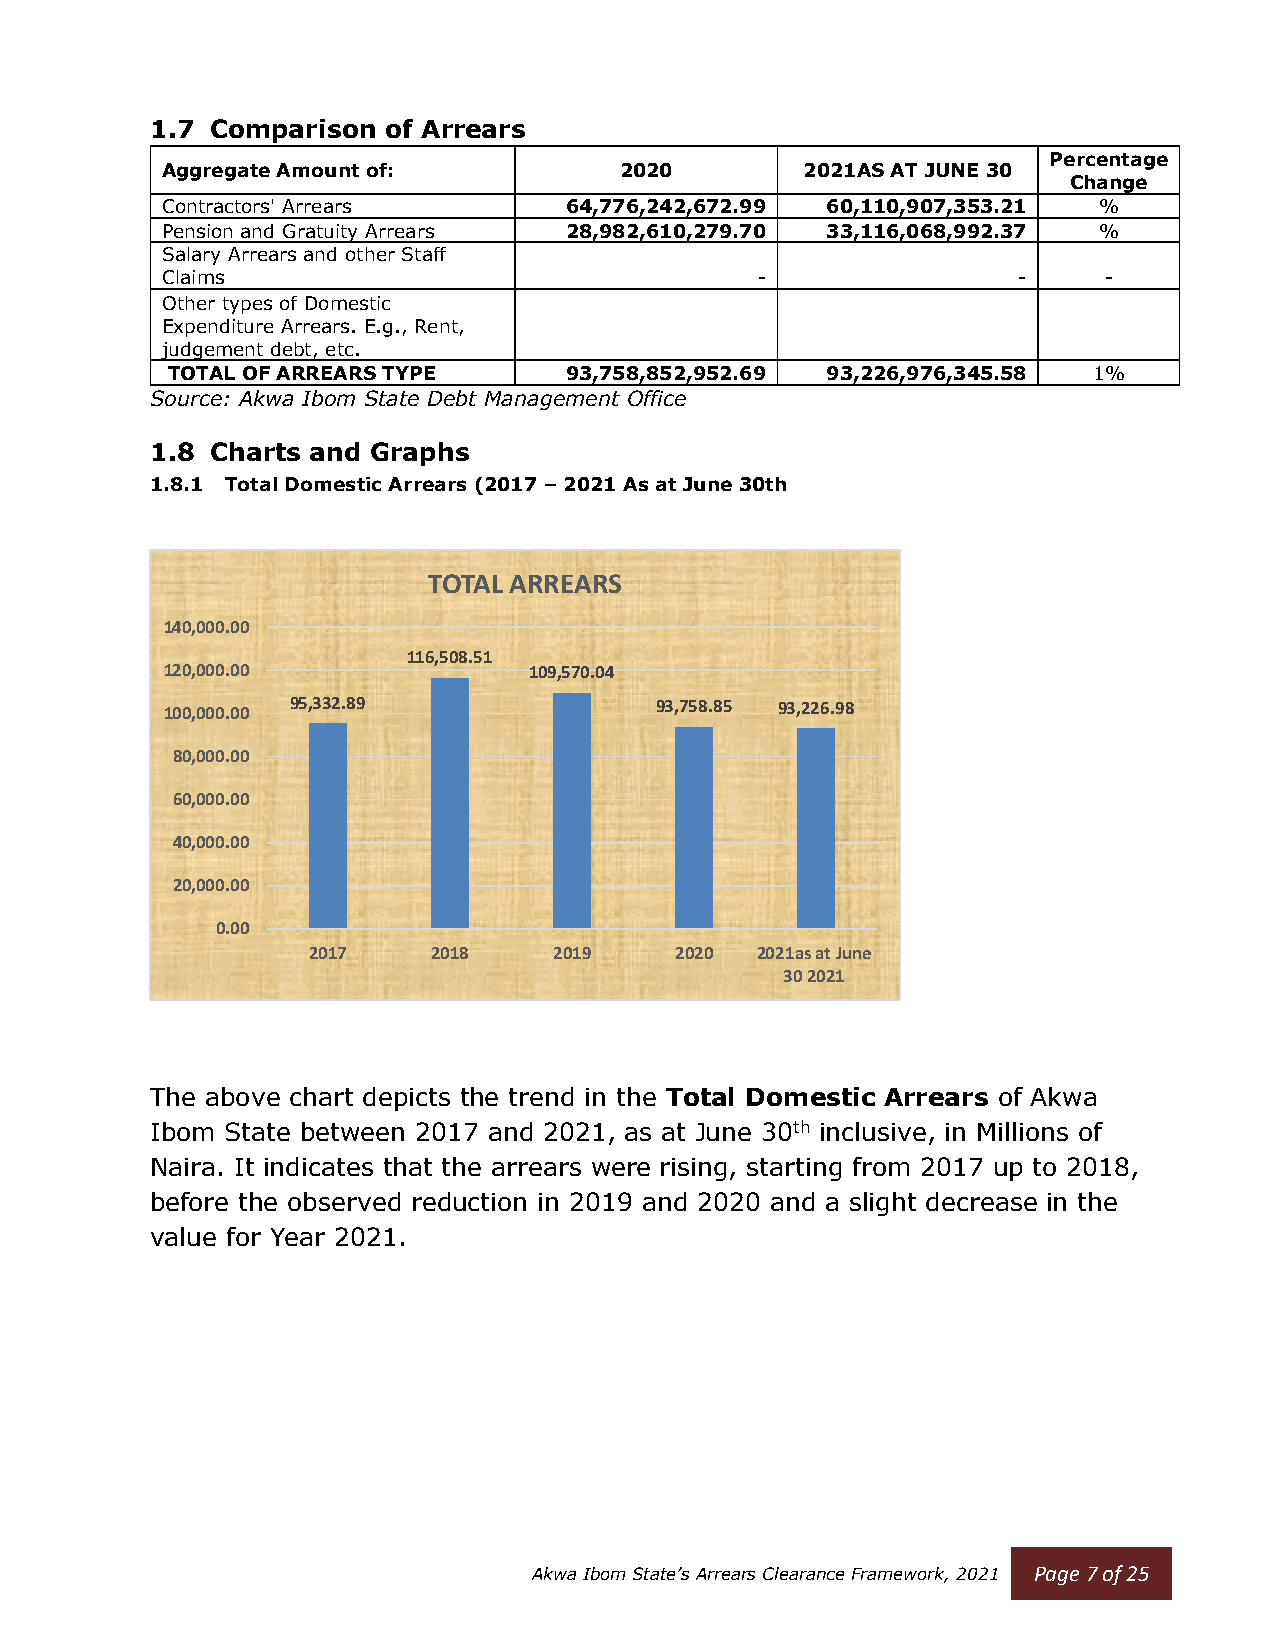
1.7 Comparison  of Arrears
 Percentage
 Aggregate Amount of:          2020        2021AS AT JUNE 30
 Change
 Contractors' Arrears      64,776,242,672.99 60,110,907,353.21 %
 Pension and Gratuity Arrears 28,982,610,279.70 33,116,068,992.37 %
 Salary Arrears and other Staff
 Claims                                 -                -     -
 Other types of Domestic
 Expenditure Arrears. E.g., Rent,
 judgement debt, etc.
 TOTAL OF ARREARS TYPE     93,758,852,952.69 93,226,976,345.58 1%
 Source: Akwa Ibom State Debt Management Office
 1.8 Charts and Graphs
 1.8.1 Total Domestic Arrears (2017 – 2021 As at June 30th
 TOTAL ARREARS
 140,000.00
 116,508.51
 120,000.00              109,570.04
 100,000.00 95,332.89            93,758.85 93,226.98
 80,000.00
 60,000.00
 40,000.00
 20,000.00
 0.00
 2017     2018    2019    2020 2021as at June
 30 2021
 The above chart depicts the trend in the Total Domestic Arrears of Akwa
 Ibom State between 2017 and 2021, as at June 30th inclusive, in Millions of
 Naira. It indicates that the arrears were rising, starting from 2017 up to 2018,
 before the observed reduction in 2019 and 2020 and a slight decrease in the
 value for Year 2021.
 Akwa Ibom State’s Arrears Clearance Framework, 2021 Page 7 of 25